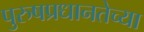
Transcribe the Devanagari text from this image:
पुरुषप्रधानतेच्या